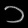
Digit: ၁